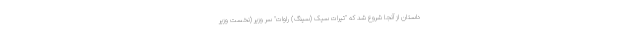
داستان از آنجا شروع شد که "تیرات سیک (سینگ) راوات" سر وزیر (نخست وزیر